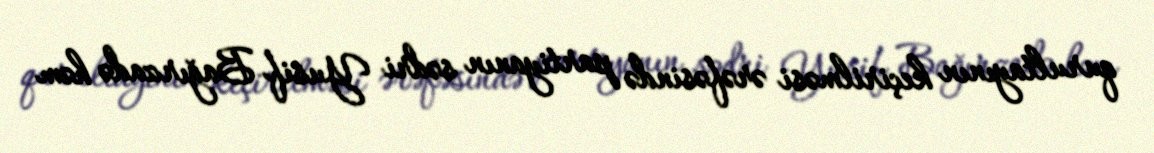
qurultayının keçirilməsi ərəfəsində partiyanın sədri Yusif Bağırzadə həm